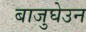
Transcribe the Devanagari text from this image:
बाजुघेउन